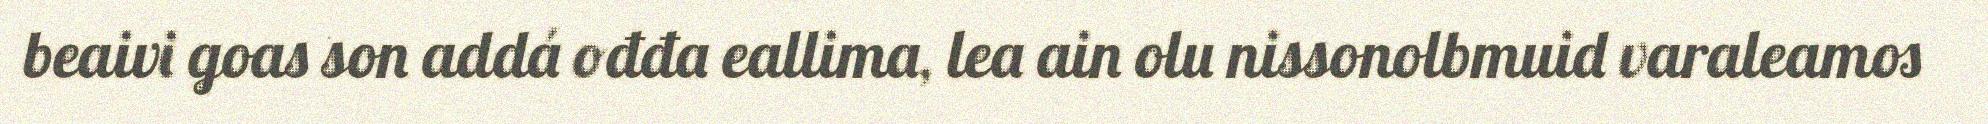
beaivi goas son addá ođđa eallima, lea ain olu nissonolbmuid varaleamos